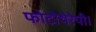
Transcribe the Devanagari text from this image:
फोटोथेरेपी।